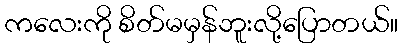
ကလေးကို စိတ်မမှန်ဘူးလို့ပြောတယ်။